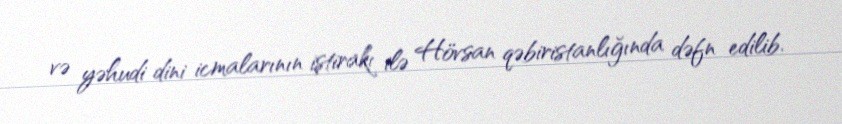
və yəhudi dini icmalarının iştirakı ilə Hövsan qəbiristanlığında dəfn edilib.